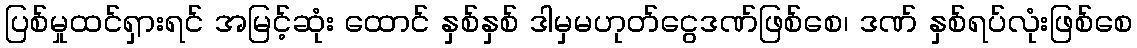
ပြစ်မှုထင်ရှားရင် အမြင့်ဆုံး ထောင် နှစ်နှစ် ဒါမှမဟုတ်ငွေဒဏ်ဖြစ်စေ၊ ဒဏ် နှစ်ရပ်လုံးဖြစ်စေ